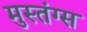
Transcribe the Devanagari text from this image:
मुस्तंग्स